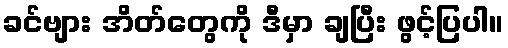
ခင်ဗျား အိတ်တွေကို ဒီမှာ ချပြီး ဖွင့်ပြပါ။